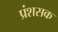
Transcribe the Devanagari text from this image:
प्रंशसक